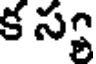
క స్య